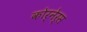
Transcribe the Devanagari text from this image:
कोर्नेर्स